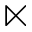
\ltimes